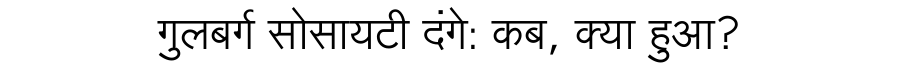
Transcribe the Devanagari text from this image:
गुलबर्ग सोसायटी दंगे: कब, क्या हुआ?